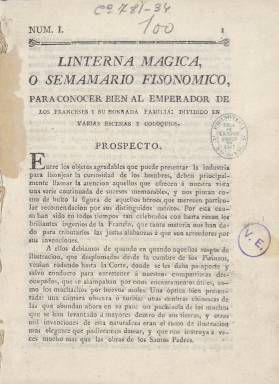
Título: Linterna mágica o Semanario fisonómico (Sevilla. Reimp. en Méjico)
Otros títulos: Semanario fisonómico
Colección: Periódicos anteriores a 1850
Ámbito geográfico: México
Lugar de publicación: Méjico
Fechas: 01/01/1809-31/12/1809